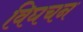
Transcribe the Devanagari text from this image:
विघचन